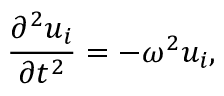
\frac { \partial ^ { 2 } u _ { i } } { \partial t ^ { 2 } } = - \omega ^ { 2 } u _ { i } ,